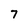
Character: 7